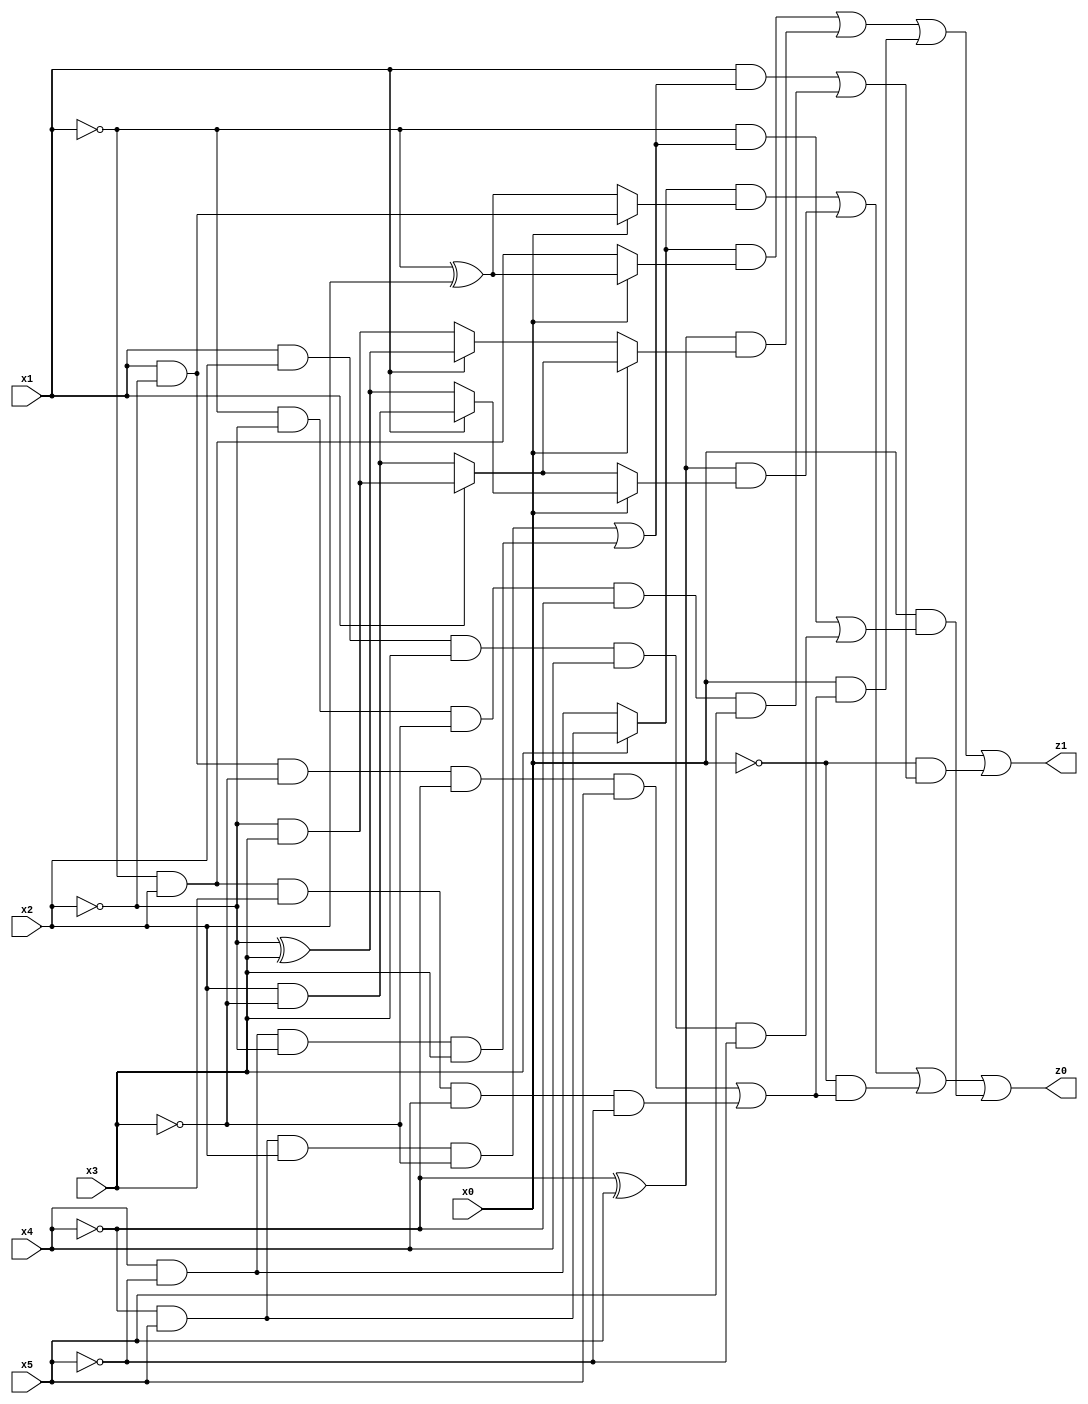
// Benchmark "q_4" written by ABC on Mon Jul 10 15:59:47 2023

module q_4 ( 
    x0, x1, x2, x3, x4, x5,
    z0, z1  );
  input  x0, x1, x2, x3, x4, x5;
  output z0, z1;
  assign z0 = ((x3 ? (~x4 & x5) : (x4 & ~x5)) & (x0 ? (x1 & ~x2) : (~x1 ^ x2))) | ((~x4 ^ x5) & (x0 ? (x1 ? (x2 & ~x3) : (~x2 ^ x3)) : (x1 ? (~x2 & x3) : (x2 & ~x3)))) | (~x0 & ((x1 & ~x2 & ~x3 & ~x4 & x5) | (~x1 & x2 & x3 & x4 & ~x5))) | (x0 & ((~x1 & ((~x4 & x5 & x2 & ~x3) | (x4 & ~x5 & ~x2 & x3))) | (x1 & x2 & x3 & x4 & ~x5)));
  assign z1 = ((x3 ? (~x4 & x5) : (x4 & ~x5)) & (x0 ? (~x1 ^ x2) : (~x1 & x2))) | ((~x4 ^ x5) & (x0 ? (x1 ? (~x2 & x3) : (x2 & ~x3)) : (x1 ? (~x2 ^ x3) : (~x2 & x3)))) | (x0 & ((x1 & ~x2 & ~x3 & ~x4 & x5) | (~x1 & x2 & x3 & x4 & ~x5))) | (~x0 & ((x1 & ((~x4 & x5 & x2 & ~x3) | (x4 & ~x5 & ~x2 & x3))) | (~x1 & ~x2 & ~x3 & ~x4 & x5)));
endmodule